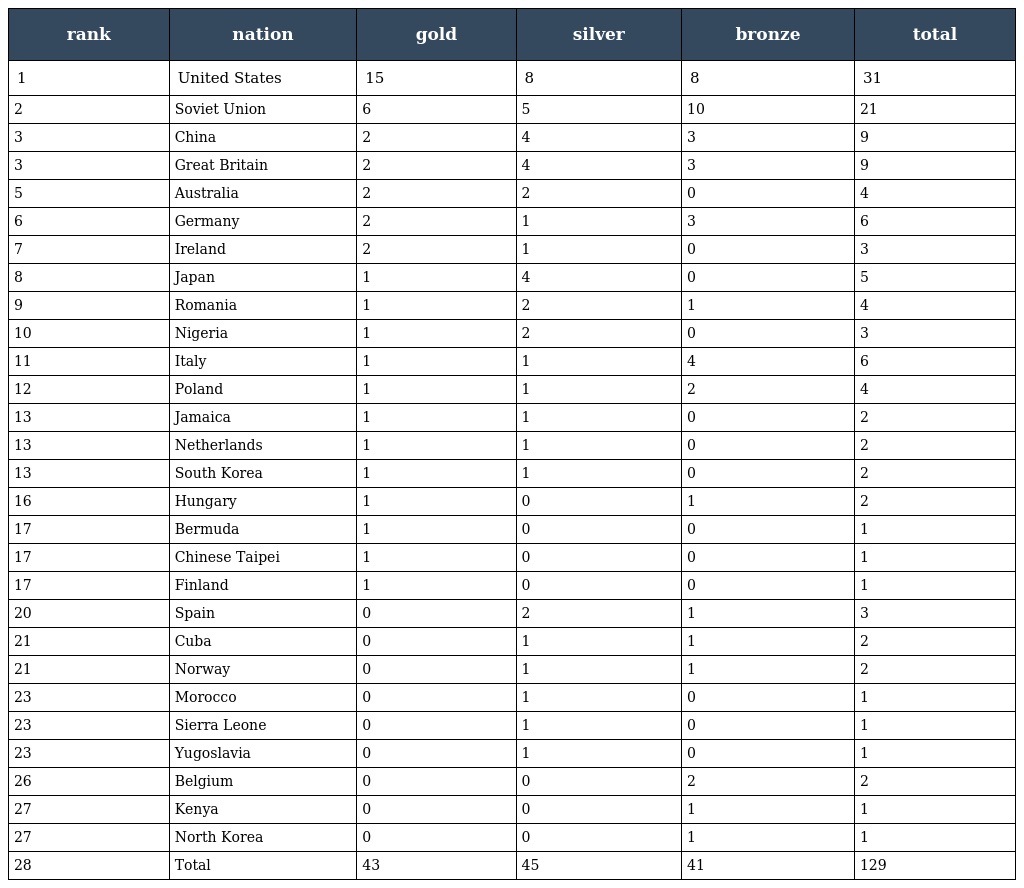
| rank | nation | gold | silver | bronze | total |
 | --- | --- | --- | --- | --- | --- |
 | 1 | United States | 15 | 8 | 8 | 31 |
 | 2 | Soviet Union | 6 | 5 | 10 | 21 |
 | 3 | China | 2 | 4 | 3 | 9 |
 | 3 | Great Britain | 2 | 4 | 3 | 9 |
 | 5 | Australia | 2 | 2 | 0 | 4 |
 | 6 | Germany | 2 | 1 | 3 | 6 |
 | 7 | Ireland | 2 | 1 | 0 | 3 |
 | 8 | Japan | 1 | 4 | 0 | 5 |
 | 9 | Romania | 1 | 2 | 1 | 4 |
 | 10 | Nigeria | 1 | 2 | 0 | 3 |
 | 11 | Italy | 1 | 1 | 4 | 6 |
 | 12 | Poland | 1 | 1 | 2 | 4 |
 | 13 | Jamaica | 1 | 1 | 0 | 2 |
 | 13 | Netherlands | 1 | 1 | 0 | 2 |
 | 13 | South Korea | 1 | 1 | 0 | 2 |
 | 16 | Hungary | 1 | 0 | 1 | 2 |
 | 17 | Bermuda | 1 | 0 | 0 | 1 |
 | 17 | Chinese Taipei | 1 | 0 | 0 | 1 |
 | 17 | Finland | 1 | 0 | 0 | 1 |
 | 20 | Spain | 0 | 2 | 1 | 3 |
 | 21 | Cuba | 0 | 1 | 1 | 2 |
 | 21 | Norway | 0 | 1 | 1 | 2 |
 | 23 | Morocco | 0 | 1 | 0 | 1 |
 | 23 | Sierra Leone | 0 | 1 | 0 | 1 |
 | 23 | Yugoslavia | 0 | 1 | 0 | 1 |
 | 26 | Belgium | 0 | 0 | 2 | 2 |
 | 27 | Kenya | 0 | 0 | 1 | 1 |
 | 27 | North Korea | 0 | 0 | 1 | 1 |
 | 28 | Total | 43 | 45 | 41 | 129 |